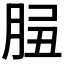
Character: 𦛑